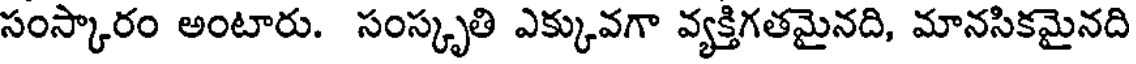
సంస్కారం అంటారు. సంస్కృతి ఎక్కువగా వ్యక్తిగతమైనది, మానసికమైనది